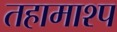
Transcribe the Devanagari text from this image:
तहामाश्प